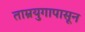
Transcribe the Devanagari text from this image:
ताम्रयुगापासून